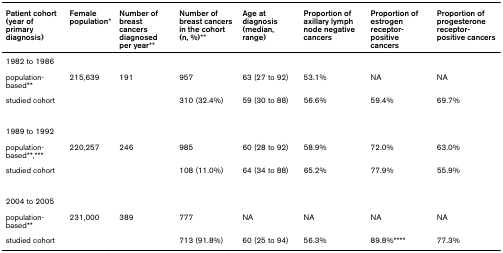
<table><thead><tr><td><b>Patient cohort (year of primary diagnosis)</b></td><td><b>Femalepopulation*</b></td><td><b>Number of breastcancers diagnosed per year**</b></td><td><b>Number of breast cancers in the cohort(n, %)**</b></td><td><b>Age at diagnosis (median, range)</b></td><td><b>Proportion of axillary lymph node negative cancers</b></td><td><b>Proportion of estrogen receptor-positive cancers</b></td><td><b>Proportion of progesterone receptor-positive cancers</b></td></tr></thead><tbody><tr><td>1982 to 1986</td><td></td><td></td><td></td><td></td><td></td><td></td><td></td></tr><tr><td>population-based**</td><td>215,639</td><td>191</td><td>957</td><td>63 (27 to 92)</td><td>53.1%</td><td>NA</td><td>NA</td></tr><tr><td>studied cohort</td><td></td><td></td><td>310 (32.4%)</td><td>59 (30 to 88)</td><td>56.6%</td><td>59.4%</td><td>69.7%</td></tr><tr><td>1989 to 1992</td><td></td><td></td><td></td><td></td><td></td><td></td><td></td></tr><tr><td>population-based**,***</td><td>220,257</td><td>246</td><td>985</td><td>60 (28 to 92)</td><td>58.9%</td><td>72.0%</td><td>63.0%</td></tr><tr><td>studied cohort</td><td></td><td></td><td>108 (11.0%)</td><td>64 (34 to 88)</td><td>65.2%</td><td>77.9%</td><td>55.9%</td></tr><tr><td>2004 to 2005</td><td></td><td></td><td></td><td></td><td></td><td></td><td></td></tr><tr><td>population-based**</td><td>231,000</td><td>389</td><td>777</td><td>NA</td><td>NA</td><td>NA</td><td>NA</td></tr><tr><td>studied cohort</td><td></td><td></td><td>713 (91.8%)</td><td>60 (25 to 94)</td><td>56.3%</td><td>89.8%****</td><td>77.3%</td></tr></tbody></table>